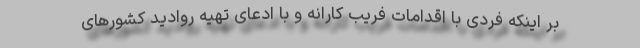
بر اینکه فردی با اقدامات فریب کارانه و با ادعای تهیه روادید کشور‌های